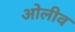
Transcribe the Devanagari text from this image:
ओलीव